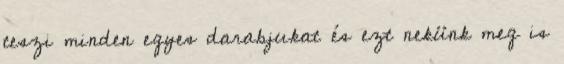
teszi minden egyes darabjukat és ezt nekünk meg is